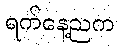
ရက်နေ့ညက